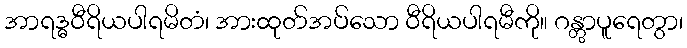
အာရဒ္ဓဝီရိယပါရမိတံ၊ အားထုတ်အပ်သော ဝီရိယပါရမီကို။ ဂန္တွာပူရေတွာ၊